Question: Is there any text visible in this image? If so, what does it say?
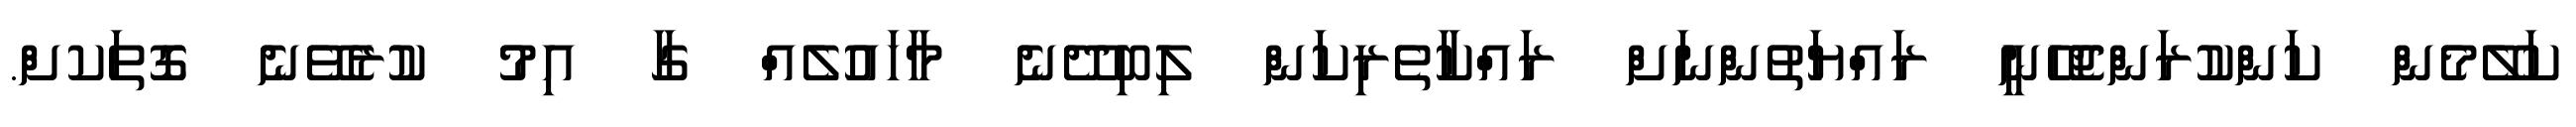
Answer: ކަލޭމެން ކަންކުރަންޖެހޭނީ ރައްޔަތުންނަށް ރައްކާތެރިކަން ލިބިދޭނެ މާހައުލެއް ގާ އިމު ކުރެވޭނެ ގޮތަކށް.